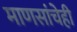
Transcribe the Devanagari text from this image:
माणसांचेही